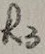
Text: R3